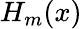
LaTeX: H_{m}(x)